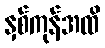
နှစ်ကုန်အထိ